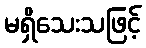
မရှိသေးသဖြင့်